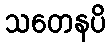
သတေနပိ